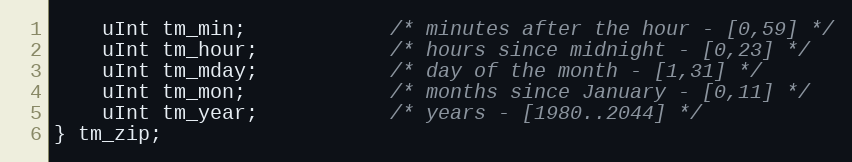
Language: C
    uInt tm_min;            /* minutes after the hour - [0,59] */
    uInt tm_hour;           /* hours since midnight - [0,23] */
    uInt tm_mday;           /* day of the month - [1,31] */
    uInt tm_mon;            /* months since January - [0,11] */
    uInt tm_year;           /* years - [1980..2044] */
} tm_zip;